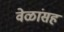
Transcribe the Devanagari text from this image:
वेळांसह